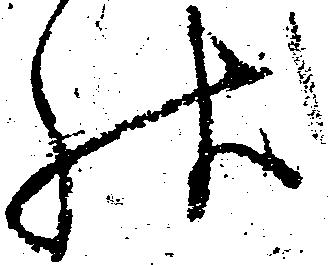
状